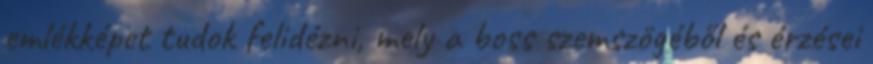
emlékképet tudok felidézni, mely a boss szemszögéből és érzései